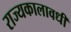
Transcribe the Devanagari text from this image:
राज्यकालावधी